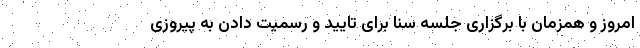
امروز و همزمان با برگزاری جلسه سنا برای تایید و رسمیت دادن به پیروزی